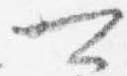
可